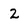
Character: 2